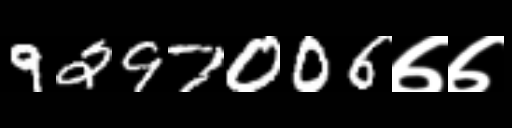
Text: 9297006७७